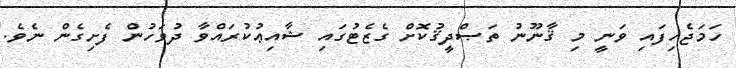
ހަމަޖެހިފައި ވަނީ މި ޤާނޫނު ތަޞްދީޤުކޮށް ގެޒެޓުގައި ޝާއިޢުކުރައްވާ ދުވަހުން ފެށިގެން ނެވެ.